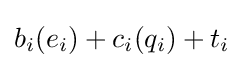
b_{i}(e_{i})+c_{i}(q_{i})+t_{i}